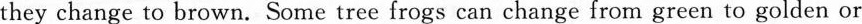
they change to brown. Some tree frogs can change from green to golden or